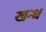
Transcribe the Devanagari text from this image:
खन्ध